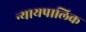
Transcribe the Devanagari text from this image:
न्यायपालिक